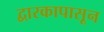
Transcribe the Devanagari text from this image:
द्वारकापासून